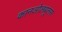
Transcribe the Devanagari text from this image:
कानओलबूलस